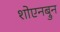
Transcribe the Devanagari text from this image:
शोएनब्रुन